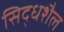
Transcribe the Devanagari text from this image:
सिद्धशैल